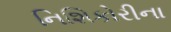
નિશિકોરીના